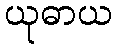
ယုဓာယ